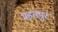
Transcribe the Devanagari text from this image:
महंतपुर